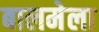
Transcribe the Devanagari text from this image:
बालमेला